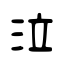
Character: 泣